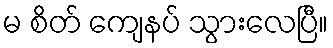
မ စိတ် ကျေနပ် သွားလေပြီ။